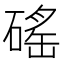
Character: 磘